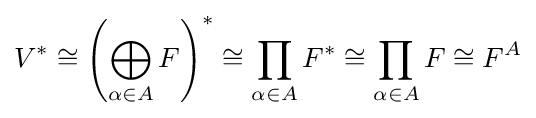
V^{*}\cong \left(\bigoplus _{\alpha \in A}F\right)^{*}\cong \prod _{\alpha \in A}F^{*}\cong \prod _{\alpha \in A}F\cong F^{A}